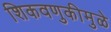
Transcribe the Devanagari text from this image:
शिकवणुकीमुळे